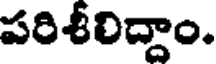
పరిశీలిద్దాం.